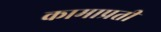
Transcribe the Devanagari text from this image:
कामाप्रती